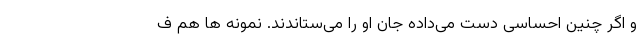
و اگر چنین احساسی دست می‌داده جان او را می‌ستاندند. نمونه ها هم ف